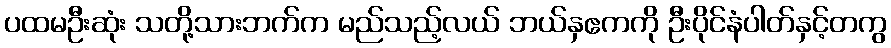
ပထမဦးဆုံး သတို့သားဘက်က မည်သည့်လယ် ဘယ်နှဧကကို ဦးပိုင်နံပါတ်နှင့်တကွ